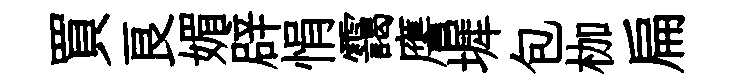
買良媚辟悁靄譍墀包枷扁